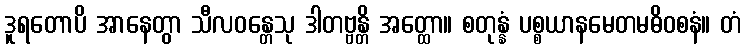
ဒူရတောပိ အာနေတွာ သီလဝန္တေသု ဒါတဗ္ဗန္တိ အတ္ထော။ စတုန္နံ ပစ္စယာနမေတမဓိဝစနံ။ တံ